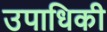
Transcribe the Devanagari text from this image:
उपाधिकी